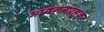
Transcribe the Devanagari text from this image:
भावनगरहून